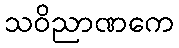
သဝိညာဏကေ